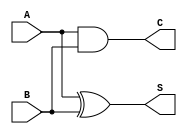
module threshold_half_adder (
    input wire A, // Single-bit input A
    input wire B, // Single-bit input B
    output wire S, // Sum output
    output wire C  // Carry output
);

// Sum output - using XOR gate
assign S = A ^ B; // S = A  B

// Carry output - using AND gate
assign C = A & B; // C = A  B

endmodule